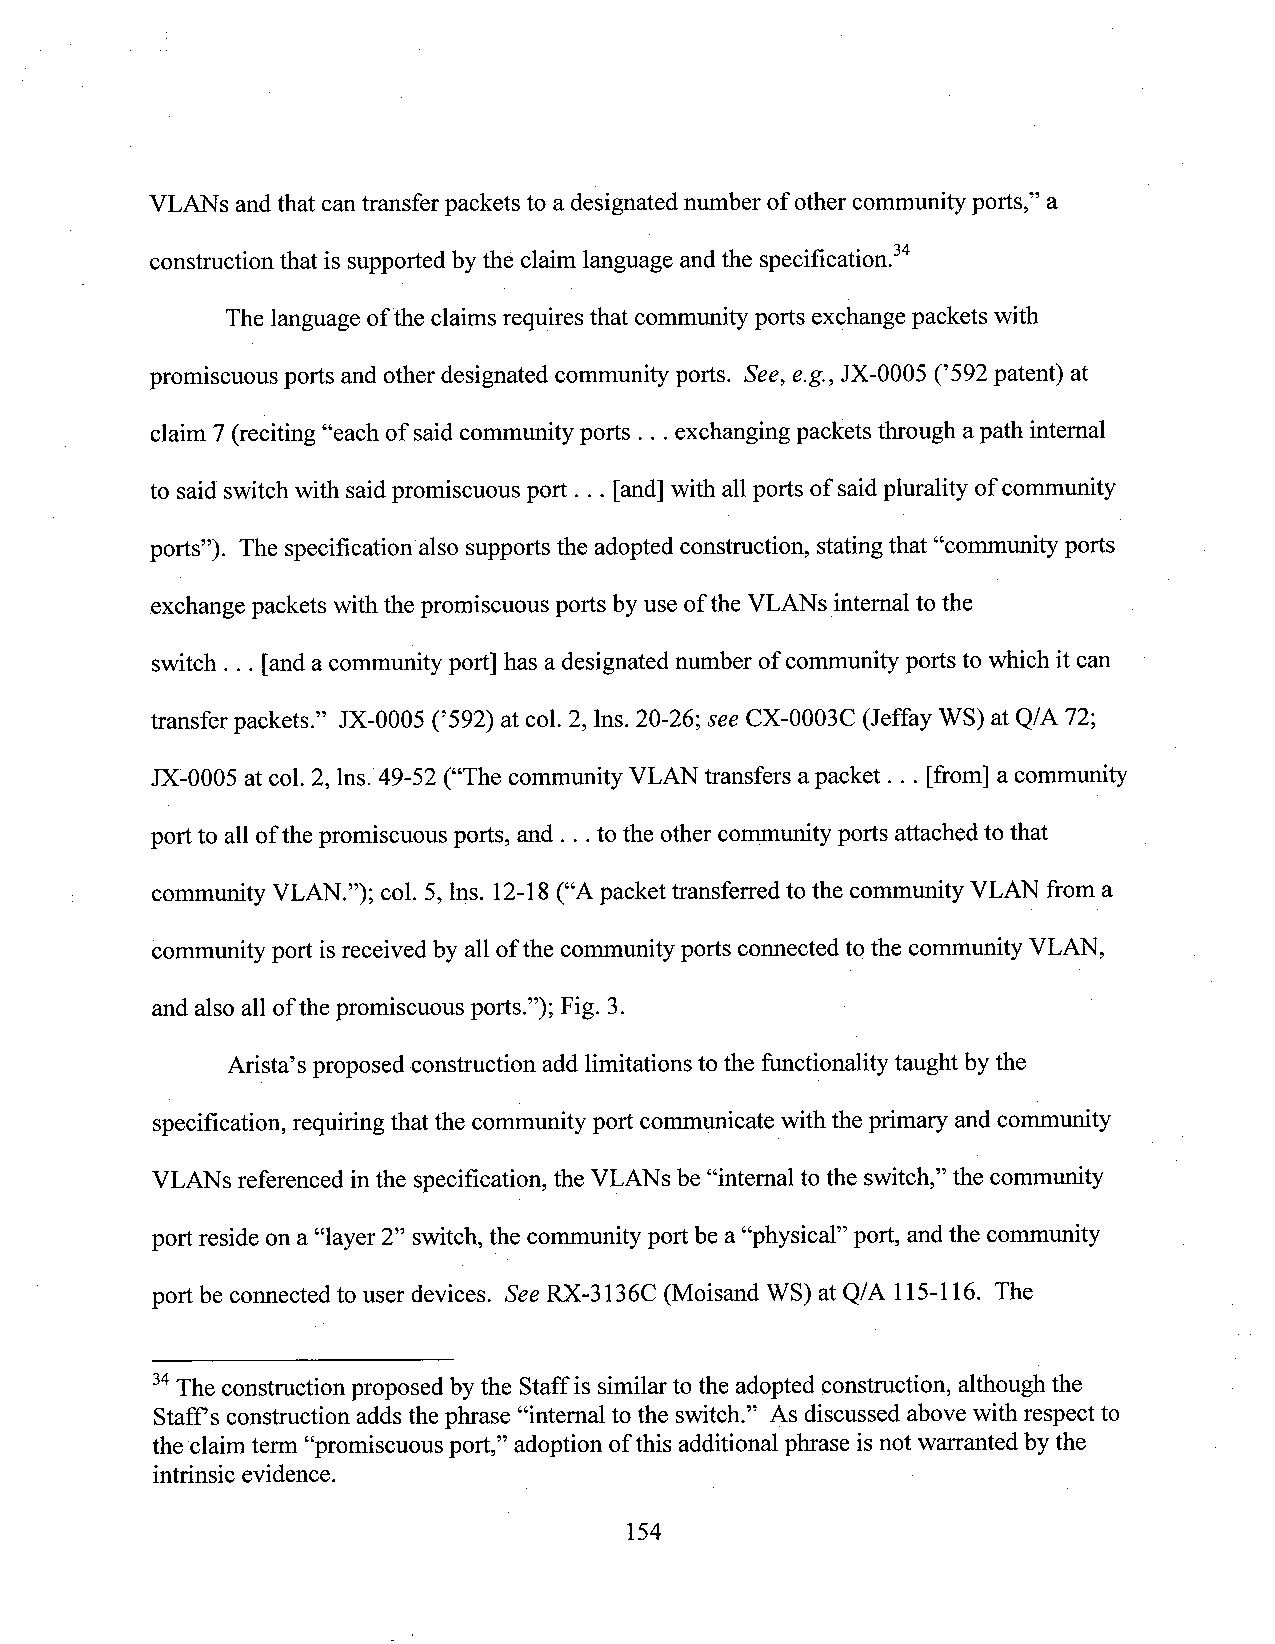
VLANsandthat cantransfer packets to a designated number of other communityports,” a
 constructionthat is supportedby the claim language andthe specification.“
 The language ofthe claims requires that communityports exchange packets with
 promiscuous ports and other designated community ports. See, e.g., JX-0005 (’592patent) at
 claim 7(reciting “each of said community ports . . .exchanging packets through a path internal
 to said switch with saidpromiscuous port . . . [and]with all ports of saidplurality of community
 ports”). The specification also supports the adopted construction, statingthat “community ports
 exchange packets withthe promiscuous ports by use ofthe VLANs internalto the
 switch . . . [anda community port] has adesignated number of community ports to which it can
 transfer packets.” JX-0005 (’592) at col. 2, lns. 20-26; see CX-0003C (Jeffay WS) at Q/A 72;
 JX-0005 at col. 2, lns. 49-52 (“The community VLAN transfers apacket . . . [from] a community
 port to all ofthe promiscuous ports, and . . .to the other community ports attached to that
 community VLAN.”); col. 5, lns. 12-18(“Apacket transferred to the community VLAN from a
 community port isreceived by all of the community ports connected to the community VLAN,
 and also all ofthe promiscuous ports”); Fig. 3.
 Arista’s proposed construction add limitations tothe functionality taught by the
 specification, requiring that the community port communicate with the primary and community
 VLANs referenced inthe specification, the VLANs be “internal to the switch,” the community
 port reside on a “layer 2” switch,the community port be a“physical” port, andthe community
 port be connected to user devices. See RX-3136C (Moisand WS) at Q/A 115-116. The
 34The construction proposed by the Staff is similar to the adopted construction, although the
 Staff’sconstruction adds the phrase “internal to the switch.” As discussed above with respect to
 the claim term “promiscuous port,” adoption ofthis additional phrase is not warranted by the
 intrinsic evidence.
 154